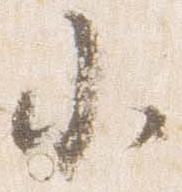
小